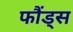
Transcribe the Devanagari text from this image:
फौंड्स